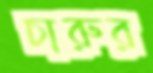
চারুর